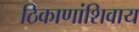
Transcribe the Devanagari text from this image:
ठिकाणांशिवाय